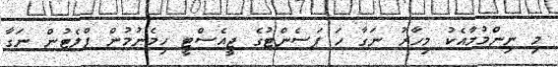
މި ނިންމުމާއެކު މިހާރު ނަގާ ހަ ޕަސެންޓުގެ ޖީއެސްޓީ ހިމެނުމުން ފްލެޓުން ނަގާ